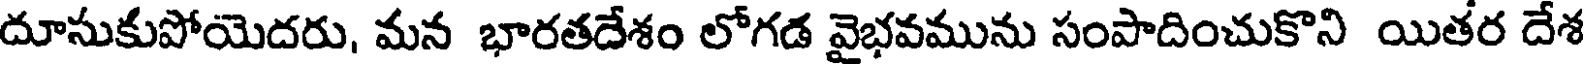
దూసుకుపోయెదరు, మన భారతదేశం లోగడ వైభవమును సంపాదించుకొని యితర దేశ